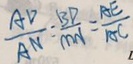
\frac { A D } { A N } = \frac { B P } { M N } = \frac { A E } { A C }